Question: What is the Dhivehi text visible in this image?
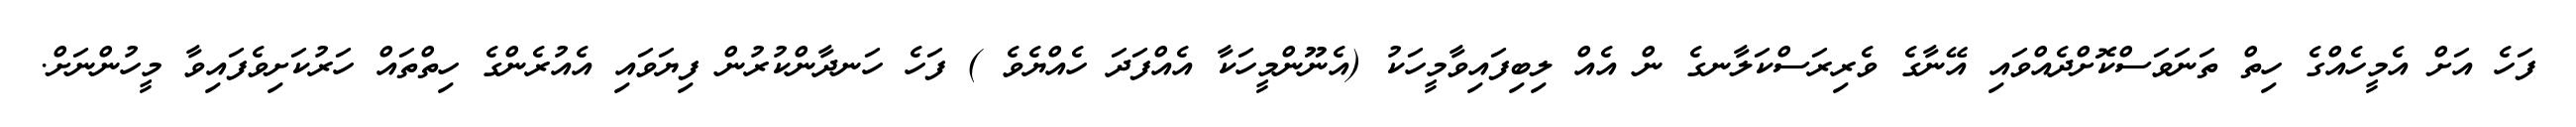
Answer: ފަހެ އަށް އެމީހެއްގެ ހިތް ތަނަވަސްކޮށްދެއްވައި އޭނާގެ ވެރިރަސްކަލާނގެ ން އެއް ލިބިފައިވާމީހަކު (އެނޫންމީހަކާ އެއްފަދަ ހެއްޔެވެ ) ފަހެ ހަނދާންކުރުން ފިޔަވައި އެއުރެންގެ ހިތްތައް ހަރުކަށިވެފައިވާ މީހުންނަށް.